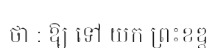
ថា : ឱ្យ ទៅ យក ព្រះខឌ្ត